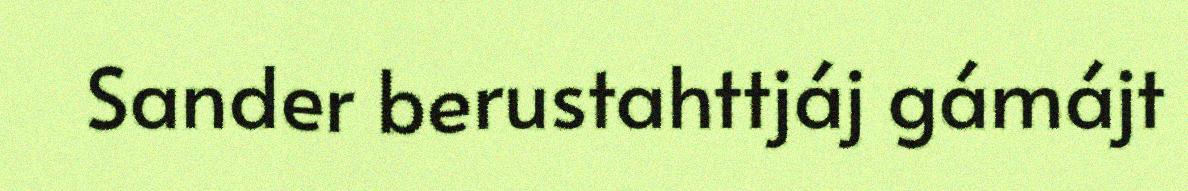
Sander berustahttjáj gámájt